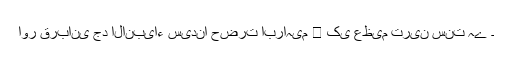
اور قربانی جد الانبیاء سیدنا حضرت ابراہیم ﷤ کی عظیم ترین سنت ہے ۔